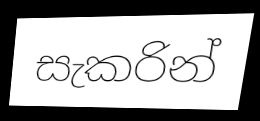
සැකරින්